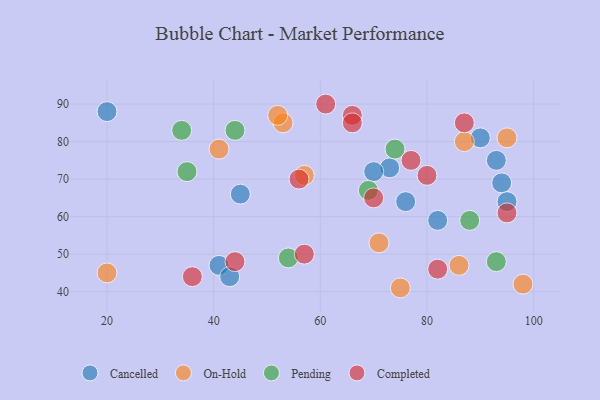
{"axis": {"x": "GDP", "y": "Life Expectancy"}, "legend": ["Cancelled", "Completed", "On-Hold", "Pending"], "data": [{"x": "41", "y": 47, "type": "Cancelled"}, {"x": "76", "y": 64, "type": "Cancelled"}, {"x": "20", "y": 88, "type": "Cancelled"}, {"x": "73", "y": 73, "type": "Cancelled"}, {"x": "94", "y": 69, "type": "Cancelled"}, {"x": "93", "y": 75, "type": "Cancelled"}, {"x": "70", "y": 72, "type": "Cancelled"}, {"x": "45", "y": 66, "type": "Cancelled"}, {"x": "95", "y": 64, "type": "Cancelled"}, {"x": "82", "y": 59, "type": "Cancelled"}, {"x": "43", "y": 44, "type": "Cancelled"}, {"x": "90", "y": 81, "type": "Cancelled"}, {"x": "53", "y": 85, "type": "On-Hold"}, {"x": "95", "y": 81, "type": "On-Hold"}, {"x": "20", "y": 45, "type": "On-Hold"}, {"x": "86", "y": 47, "type": "On-Hold"}, {"x": "98", "y": 42, "type": "On-Hold"}, {"x": "52", "y": 87, "type": "On-Hold"}, {"x": "41", "y": 78, "type": "On-Hold"}, {"x": "87", "y": 80, "type": "On-Hold"}, {"x": "71", "y": 53, "type": "On-Hold"}, {"x": "57", "y": 71, "type": "On-Hold"}, {"x": "75", "y": 41, "type": "On-Hold"}, {"x": "35", "y": 72, "type": "Pending"}, {"x": "54", "y": 49, "type": "Pending"}, {"x": "88", "y": 59, "type": "Pending"}, {"x": "34", "y": 83, "type": "Pending"}, {"x": "44", "y": 83, "type": "Pending"}, {"x": "93", "y": 48, "type": "Pending"}, {"x": "74", "y": 78, "type": "Pending"}, {"x": "69", "y": 67, "type": "Pending"}, {"x": "87", "y": 85, "type": "Completed"}, {"x": "80", "y": 71, "type": "Completed"}, {"x": "77", "y": 75, "type": "Completed"}, {"x": "70", "y": 65, "type": "Completed"}, {"x": "95", "y": 61, "type": "Completed"}, {"x": "82", "y": 46, "type": "Completed"}, {"x": "61", "y": 90, "type": "Completed"}, {"x": "66", "y": 87, "type": "Completed"}, {"x": "57", "y": 50, "type": "Completed"}, {"x": "44", "y": 48, "type": "Completed"}, {"x": "56", "y": 70, "type": "Completed"}, {"x": "66", "y": 85, "type": "Completed"}, {"x": "36", "y": 44, "type": "Completed"}]}